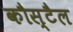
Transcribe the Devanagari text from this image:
कौस्टैल